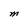
Character: M